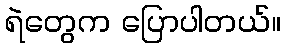
ရဲတွေက ပြောပါတယ်။